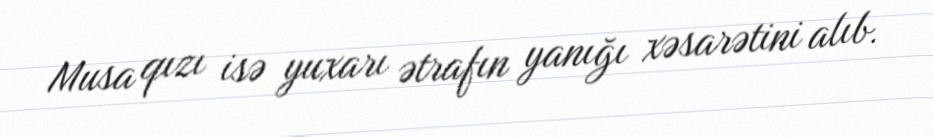
Musa qızı isə yuxarı ətrafın yanığı xəsarətini alıb.